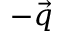
- \vec { q }